Sanitation, dispensaries and jails vaccination Rajputana 1922-1927 - 1922-1927
Year: 1922
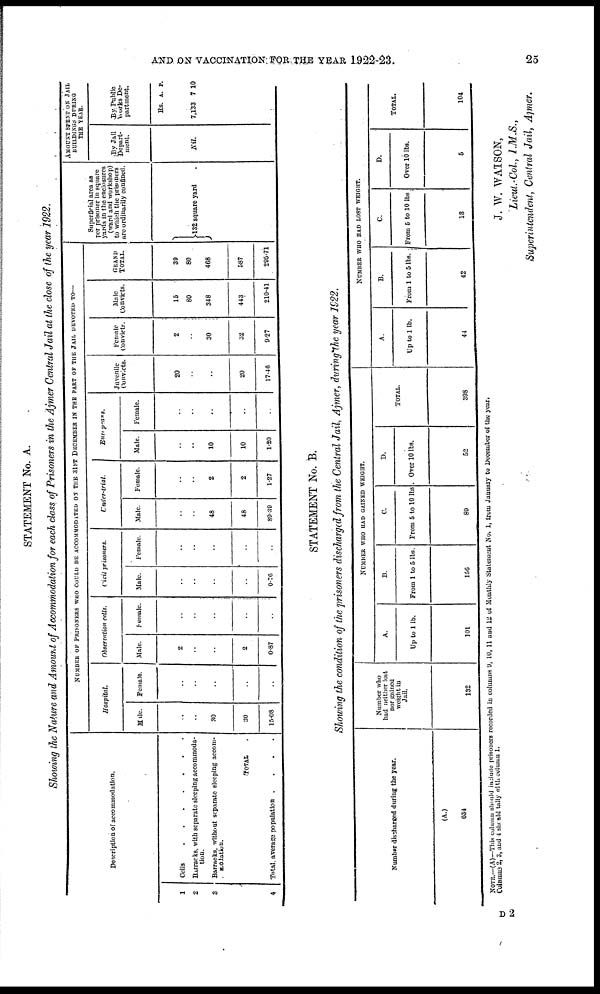
AND ON VACCINATION FOR THE YEAR 1922-23.
25
STATEMENT No. A.
Showing the Nature and Amount of Accommodation for each class of Prisoners in the Ajmer Central Jail at the close of the year 1922.
Description of accommodation.
1
2
3
4
Cells . . . . . . .
Barracks, with separate sleeping accommoda-
tion.
Barraoks, without separate sleeping accom¬
modation.
TOTAL .
Total, average population .
NUMBER OF PRISONERS WHO COULD BE ACCOMMODATED ON THE 31ST DECEMBER IN THE PART OF THE JAIL DEVOTED TO—
Hospital.
Male
..
30
30
15.08
Female
..
..
..
..
Observation cells.
Male.
2
..
2
0.87
Female.
..
..
..
..
Civil prisoners.
Male.
..
..
..
0.76
Female.
..
..
..
..
Under-trial.
Male.
..
48
48
89.39
Female.
..
2
2
1.27
Europeans.
Male.
..
10
10
1.20
Female.
..
..
..
..
Juvenile
Convicts.
20
..
20
17.46
Female
Convicts.
2
30
32
9.27
Male
Convicts.
15
80
348
443
210.41
GRAND
TOTAL.
39
80
408
587
295.71
Superficial area as
per prisoner in square
yards in the enclosures
(ward and workshop)
to which the prisoners
are ordinarily confined.
132 square yard
AMOUNT SPENT ON JAIL
BUILDINGS DURING
THE YEAR.
By Jail
Depart-
ment.
Nil.
By Public
Works De-
partment.
Rs.
7,133
A.
7
P.
10
STATEMENT No. B.
Showing the condition of the prisoners discharged from the Central Jail, Ajmer, during the year 1922.
Number discharged during the year.
(A.)
634
Number who
had neither lost
nor gained
weight in
Jail.
132
NUMBER WHO HAD GAINED WEIGHT.
A.
Up to 1 lb.
101
B.
From 1 to 5 lbs.
150
C.
From 5 to 10 lbs
80
D.
Over 10 lbs.
52
TOTAL.
398
NUMBER WHO BAD LOST WEIGHT.
A.
Up to 1 lb.
44
B.
From 1 to 5 lbs.
42
C.
From 5 to 10 lbs
13
D.
Over 10 lbs.
5
TOTAL.
104
NOTE.—(A)—This column should include prisoners recorded in columns 9, 10, 11 and 12 of Monthly Statement No. 1, from January to December of the year.
Columns 2, 3, and 4 should tally with column 1.
J. W. WATSON,
Lieut.-Col., I.M.S.,
Superintendent, Central Jail, Ajmer.
D 2